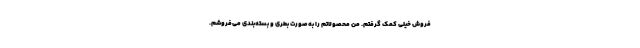
فروش خیلی کمک گرفتم. من محصولاتم را به‌صورت بطری و بسته‌بندی می‌فروشم.